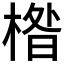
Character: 𱣹